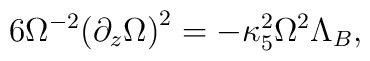
6{\Omega^{-2}}{{({\partial_z}\Omega)}^2}=-{\kappa_5^2}{\Omega^2}{\Lambda_B},